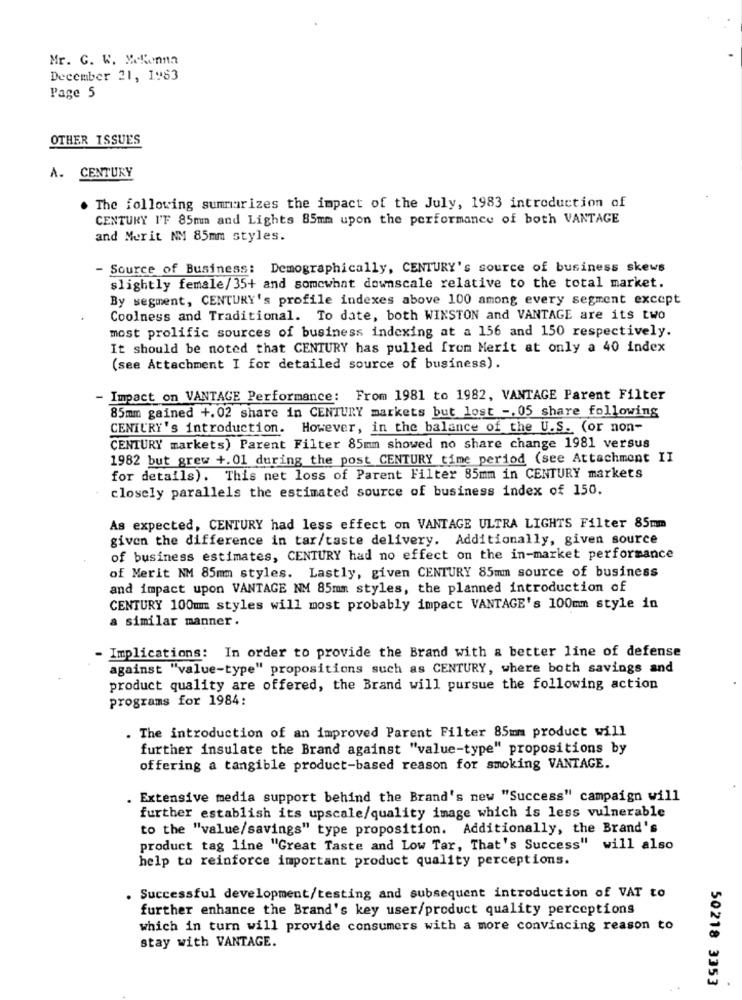
Mr. C. W. Mekonna
December 21, 1983
Page 5
OTHER ISSUES
A. CENTURY
. The following summarizes the impact of the July, 1983 introduction of
CENTURY I'F 85mm and Lights 85mm upon the performance of both VANTAGE
and Merit NM 85mm styles.
Source of Business: Demographically, CENTURY's source of business skews
slightly female/35+ and somewhat downscale relative to the total market.
By segment, CENTURY's profile indexes above 100 among every segment except
Coolness and Traditional. To date, both WINSTON and VANTAGE are its two
most prolific sources of business indexing at a 156 and 150 respectively.
It should be noted that CENTURY has pulled from Merit at only a 40 index
(see Attachment I for detailed source of business).
- Impact on VANTAGE Performance: From 1981 to 1982, VANTAGE Parent Filter
85mm gained +.02 share in CENTURY markets but lost -. 05 share following
CENTURY's introduction. However, in the balance of the U.S. (or non-
CENTURY markets) Parent Filter 85mm showed no share change 1981 versus
1982 but grew +.01 during the post CENTURY time period (see Attachment II
for details). This net loss of Parent Filter 85mm in CENTURY markets
closely parallels the estimated source of business index of 150.
As expected, CENTURY had less effect on VANTAGE ULTRA LIGHTS Filter 85mm
given the difference in tar/taste delivery. Additionally, given source
of business estimates, CENTURY had no effect on the in-market performance
of Merit NM 85mm styles. Lastly, given CENTURY 85mm source of business
and impact upon VANTAGE NM 85mm styles, the planned introduction of
CENTURY 100mm styles will most probably impact VANTAGE's 100mm style in
a similar manner .
Implications: In order to provide the Brand with a better line of defense
against "value-type" propositions such as CENTURY, where both savings and
product quality are offered, the Brand will pursue the following action
programs for 1984:
. The introduction of an improved Parent Filter 85mm product will
further insulate the Brand against "value-type" propositions by
offering a tangible product-based reason for smoking VANTAGE.
Extensive media support behind the Brand's new "Success" campaign will
further establish its upscale/quality image which is less vulnerable
to the "value/savings" type proposition. Additionally, the Brand's
product tag line "Great Taste and Low Tar, That's Success" will also
help to reinforce important product quality perceptions.
Successful development/testing and subsequent introduction of VAT to
further enhance the Brand's key user/product quality perceptions
which in turn will provide consumers with a more convincing reason to
stay with VANTAGE.
50218 3353